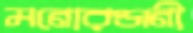
মনোরঞ্জনী